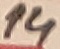
Text: 14